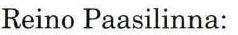
Reino Paasilinna: